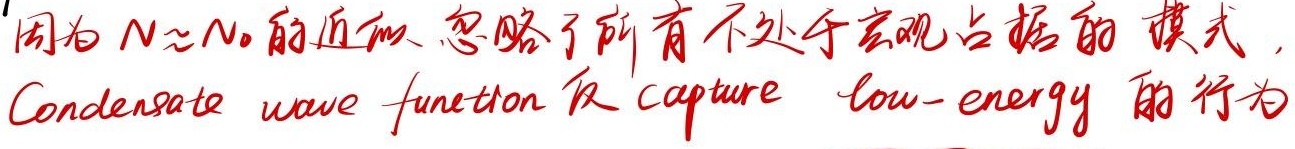
因为 $N\approx N_0$ 的近似忽略了所有不处于宏观占据的模式，Condensate wave function 仅 capture low - energy 的行为。